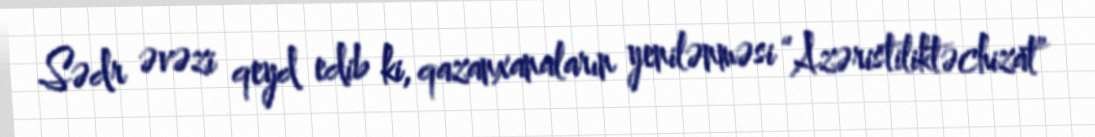
Sədr əvəzi qeyd edib ki, qazanxanaların yenilənməsi “Azəristiliktəchizat”